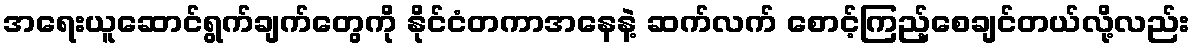
အရေးယူဆောင်ရွက်ချက်တွေကို နိုင်ငံတကာအနေနဲ့ ဆက်လက် စောင့်ကြည့်စေချင်တယ်လို့လည်း